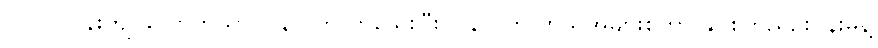
၁၀၀၀ ဝန်းကျင်လောက်သာ ပြန်လွတ်လာသေးပြီး ပြန်လွတ်လာသူအများစုဟာ နှိပ်စက်ညှဉ်းပန်းမှုနဲ့